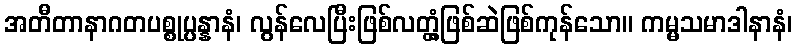
အတီတာနာဂတပစ္စုပ္ပန္နာနံ၊ လွန်လေပြီးဖြစ်လတ္တံ့ဖြစ်ဆဲဖြစ်ကုန်သော။ ကမ္မသမာဒါနာနံ၊